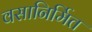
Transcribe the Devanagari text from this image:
वसानिर्मित